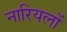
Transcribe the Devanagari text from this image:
नारियलों